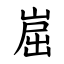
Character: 崫